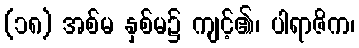
(၁၈) အစ်မ နှစ်မ၌ ကျင့်၏၊ ပါရာဇိက၊